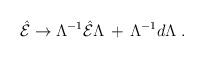
LaTeX: \begin{align*}\hat{\cal E} \rightarrow \Lambda^{-1}\hat{\cal E}\Lambda\,+\, \Lambda^{-1}d\Lambda \; .\end{align*}